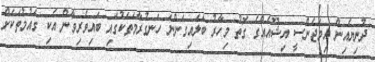
ދުނިޔެއިން އިމަޖެންސީ އިޝޫއެއްގެ ގޮތު މިހާރު ބަލައިގަންނަ ހަނގުރާމަތަކުގައި ބައިވެރިވާން އެކި ގައުމުތަކަށް